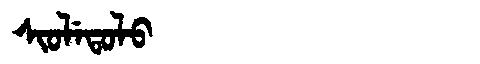
Manchu: ᠰᡳᠣᠯᡝᡨᠣᠯᠣ
Romanization: SIOLETOLO